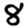
Digit: 8